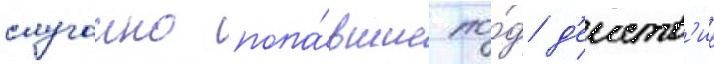
случаино попа́вшие по́д д'еиств'ие